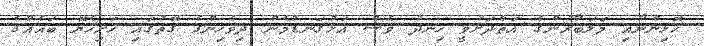
ހޮޅިންނާއި މަލަބާރުންގެ އަތްދަށުވީ ހިނދު ވެސް އަޅުގަނޑުމެން ދިވެހިންގެ ގޮތުގައި ހަށިހެޔޮ ބައެއްގެ